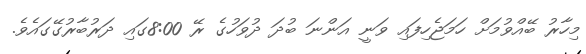
މިހާރު ބޭއްވުމަށް ހަމަޖެހިފައި ވަނީ އަންނަ ބުދަ ދުވަހުގެ ރޭ 8:00ގައި ދަރުބާރުގޭގައެވެ.